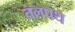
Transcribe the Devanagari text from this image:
तलपथ